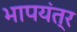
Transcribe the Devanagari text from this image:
भापयंत्र